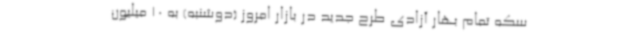
سکه تمام بهار آزادی طرح جدید در بازار امروز (دوشنبه) به 10 میلیون